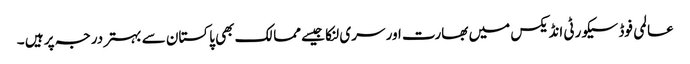
عالمی فوڈ سیکورٹی انڈیکس میں بھارت اور سری لنکا جیسے ممالک بھی پاکستان سے بہتر درجہ پر ہیں ۔